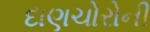
દાણચોરોની